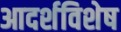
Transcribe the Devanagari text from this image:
आदर्शविशेष